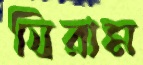
যিরাম